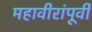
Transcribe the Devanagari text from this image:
महावीरांंपूर्वी